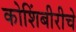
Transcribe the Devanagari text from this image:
कोशिंबीरीचे